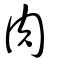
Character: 宍